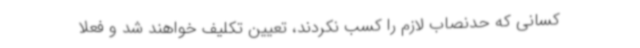
کسانی که حدنصاب لازم را کسب نکردند، تعیین تکلیف خواهند شد و فعلا